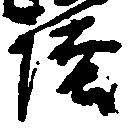
信